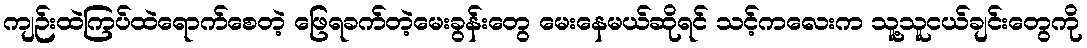
ကျဉ်းထဲကြပ်ထဲရောက်စေတဲ့ ဖြေရခက်တဲ့မေးခွန်းတွေ မေးနေမယ်ဆိုရင် သင့်ကလေးက သူ့သူငယ်ချင်းတွေကို